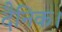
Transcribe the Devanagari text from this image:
दैनिक।